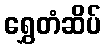
ရွှေတံဆိပ်